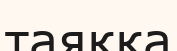
таяққа